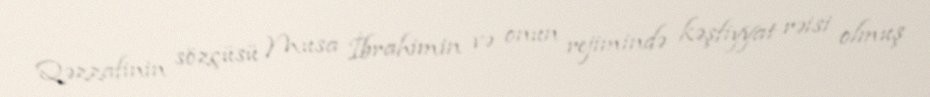
Qəzzafinin sözçüsü Musa İbrahimin və onun rejimində kəşfiyyat rəisi olmuş